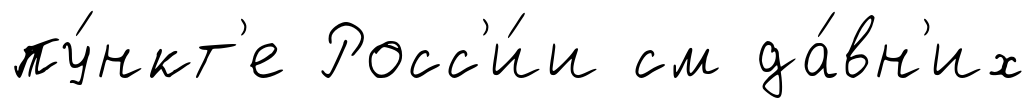
пу́нкт'е Росс'и́и см да́вн'их